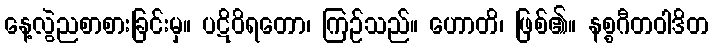
နေ့လွဲညစာစားခြင်းမှ။ ပဋိဝိရတော၊ ကြဉ်သည်။ ဟောတိ၊ ဖြစ်၏။ နစ္စဂီတဝါဒိတ